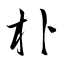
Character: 朴